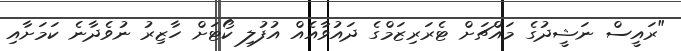
"ރައީސް ނަޝީދުގެ މައްޗަށް ޓެރަރިޒަމްގެ ދައުވާއެއް އުފުލި ކޯޓަށް ހާޒިރު ނުވެދާނެ ކަމަށާއި